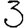
Digit: 3